Sketch of the medical history of the native army of Bombay, for the year
Year: 1872
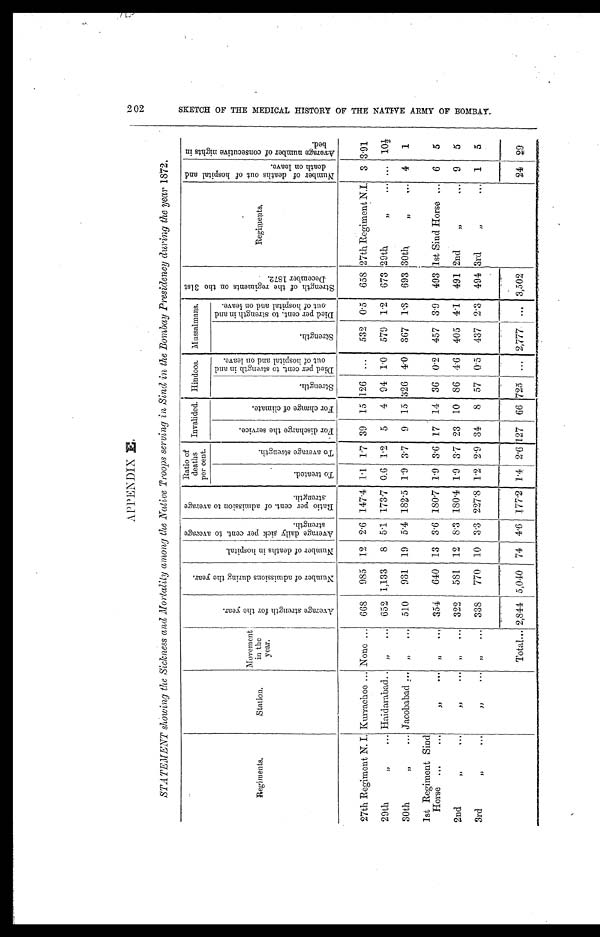
APPENDIX E
STATEMENT showing the Sickness and Mortality among the Native Troops serving in Sind in the Bombay Presidency during the year 1872.
R e g i m e n t s .
S t a t i o n .
M o v e m e n t i n t h e y e a r .
A v e r a g e s t r e n g t h f o r t h e y e a r .
N u m b e r o f a d m i s s i o n s d u r i n g t h e y e a r .
N u m b e r o f d e a t h s i n h o s p i t a l .
A v e r a g e d a i l y s i c k p e r c e n t . t o a v e r a g e s t r e n g t h .
R a t i o p e r c e n t . o f a d m i s s i o n t o a v e r a g e s t r e n g t h .
S t r e n g t h o f t h e r e g i m e n t s o n t h e 3 1 s t D e c e m b e r 1 8 7 2 .
R e g i m e n t s .
N u m b e r o f d e a t h s o u t o f h o s p i t a l a n d d e a t h o n l e a v e .
A v e r a g e n u m b e r o f c o n s e c u t i v e n i g h t s i n b e d .
T o t r e a t e d .
T o a v e r a g e s t r e n g t h .
F o r d i s c h a r g e t h e s e r v i c e .
F o r c h a n g e o f c l i m a t e .
S t r e n g t h .
D i e d p e r c e n t . t o s t r e n g t h i n a n d o u t o f h o s p i t a l a n d o n l e a v e .
S t r e n g t h .
D i e d p e r c e n t . t o s t r e n g t h i n a n d o u t o f h o s p i t a l a n d o n l e a v e .
27th Regiment N. I. Kurrachee
None
6 6 8
9 8 5
1 2
2 . 6
1 4 7 . 4
1 . 1
1 . 7
3 9
1 5
1 2 6
. . .
5 3 2
0 . 5 6 5 8
2 7 t h R e g i m e n t N . I .
3
3 . 9 1
29th "
Haidarabad "
6 5 2
1 , 1 3 3
8
5 . 1
1 7 3 . 7
0 . 6
1 . 2
5
4
9 4
1 . 0
5 7 9
1 . 2
6 7 3
2 9 t h "
30th "
Jacobabad
"
5 1 0
9 3 1
1 9
5 . 4
1 8 2 . 5
1 . 9
3 . 7
9
1 5
3 2 6
4 . 0
3 6 7
1 . 3
6 9 3
3 0 t h "
4
1
1s Regiment Sind Horse
"
"
3 5 4
6 4 0
1 3
3 . 6
1 8 0 . 7
1 . 9
3 . 6
1 7
1 4
3 6
0 . 2
4 5 7
3 . 9
4 9 3
1 s t S i n d H o r s e
6
5
2nd "
"
"
3 2 2
5 8 1
1 2
8 . 3
1 8 0 . 4
1 . 9
3 . 7
2 3
1 0
8 6
4 . 6
4 0 5
4 . 1
4 9 1
2 n d "
9
5
3rd "
"
"
3 3 8
7 7 0
1 0
3 . 3
2 2 7 . 8
1 . 2
2 . 9
3 4
8
5 7
0 . 5
4 3 7
2 . 3
4 9 4
3 r d "
1
5
T o t a l
2 , 8 4 4
5 , 0 4 0
7 4
4 . 6
1 7 7 . 2
1 . 4
2 . 6
1 2 7
6 6
7 2 5
. . .
2 , 7 7 7
. . .
3 , 5 0 2
2 4
2 9
S K E T C H O F T H E M E D I C A L H I S T O R Y O F T H E N A T I V E A R M Y O F B O M B A Y .